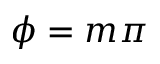
\phi = m \pi